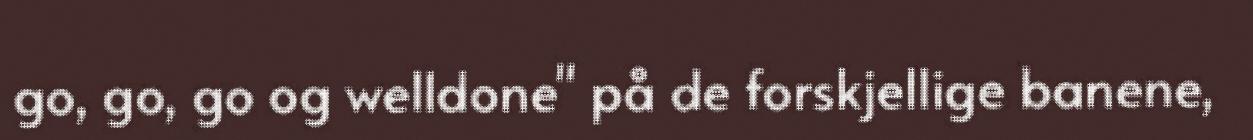
go, go, go og welldone" på de forskjellige banene,